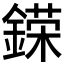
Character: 𨪪